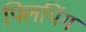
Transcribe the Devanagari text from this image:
फ्लिपिंग